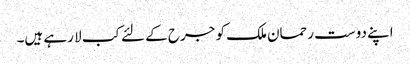
اپنے دوست رحمان ملک کو جرح کے لئے کب لا رہے ہیں۔